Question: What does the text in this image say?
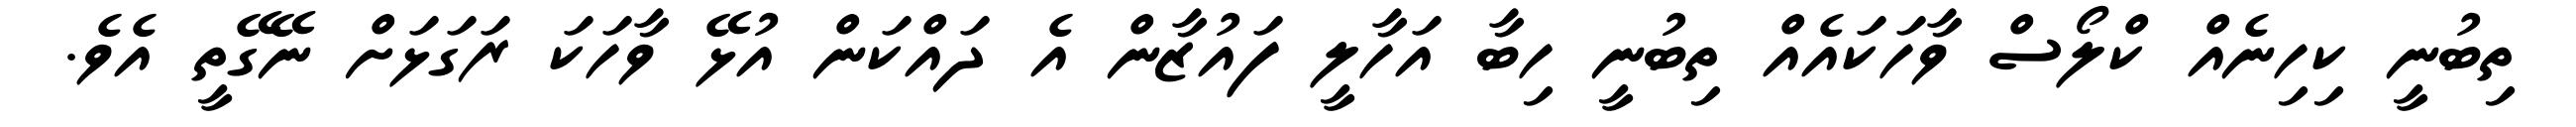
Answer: ތިބުނީ ކިހިނެއް ކްލޯސް ވާހަކައެއް ތިބުނީ ހިބާ އަހާލީ ފައުޒާން އެ ދައްކަން އުޅޭ ވާހަކަ ރަގަޅަށް ނޭގޭތީ އެވެ.